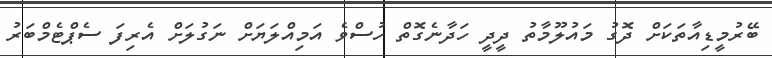
ބޭރުމީޑިއާތަކަށް ދޮގު މައުލޫމާތު ދީދީ ހަދާނެގޮތް ހުސްވެ އަމިއްލަޔަށް ނަގުލަށް އެރިފަ ސެޕްޓެމްބަރު